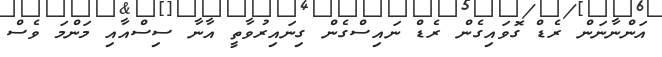
އަންނާނަން ރެޑް ގޮވައިގެން ރެޑް ނައިސްގެން ގިނައިރުވާތީ އާނާ ސިސްއާއި މަންމަ ވެސް